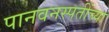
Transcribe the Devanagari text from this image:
पानवनस्पतींच्या